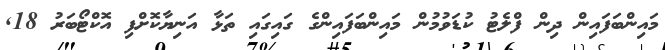
މައިންބަފައިން ދިން ފްލެޓު ކުޑަވުމުން މައިންބަފައިންގެ ގައިގައި ތަޅާ އަނިޔާކޮށްފި އޮކްޓޯބަރު 18